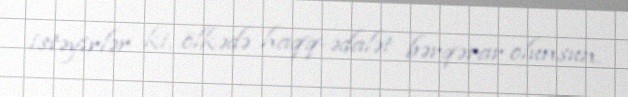
istəyirlər ki, ölkədə haqq-ədalət bərqərar olunsun.